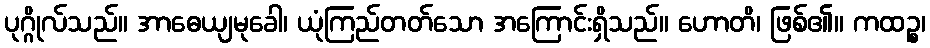
ပုဂ္ဂိုလ်သည်။ အာဓေယျမုခေါ၊ ယုံကြည်တတ်သော အကြောင်းရှိသည်။ ဟောတိ၊ ဖြစ်၏။ ကထဉ္စ၊